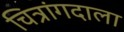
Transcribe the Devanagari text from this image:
चित्रांगदाला